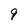
Character: 9